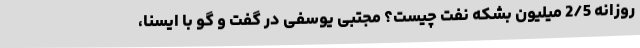
روزانه 2/5 میلیون بشکه نفت چیست؟ مجتبی یوسفی در گفت و گو با ایسنا،